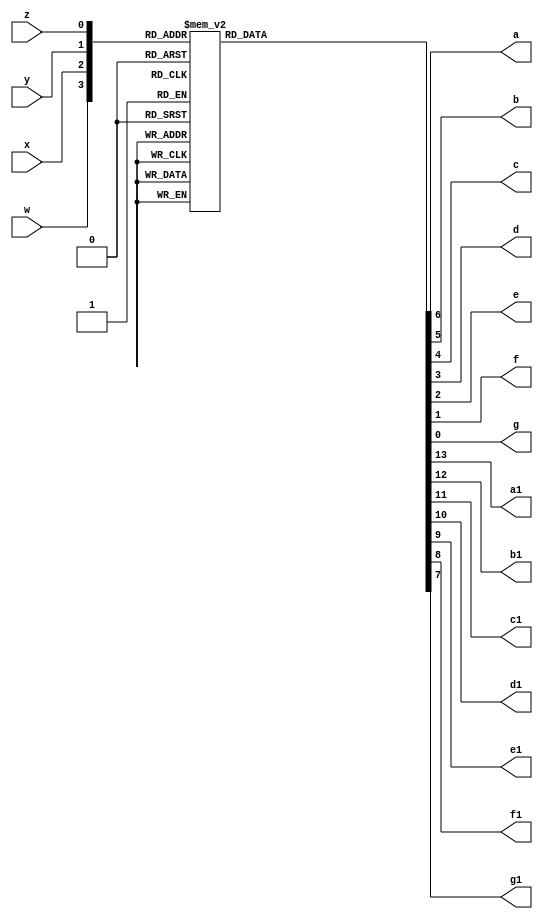
module Seven_Segment (
	input w,x,y,z,
	output reg a,b,c,d,e,f,g,a1,b1,c1,d1,e1,f1,g1);
	always @ (w,x,y,z) begin
		case({w,x,y,z})
			4'b0000:{a1,b1,c1,d1,e1,f1,g1,a,b,c,d,e,f,g}=14'b11111110000001;
			4'b0001:{a1,b1,c1,d1,e1,f1,g1,a,b,c,d,e,f,g}=14'b11111111001111;
			4'b0010:{a1,b1,c1,d1,e1,f1,g1,a,b,c,d,e,f,g}=14'b11111110010010;
			4'b0011:{a1,b1,c1,d1,e1,f1,g1,a,b,c,d,e,f,g}=14'b11111110000110;
			4'b0100:{a1,b1,c1,d1,e1,f1,g1,a,b,c,d,e,f,g}=14'b11111111001100;
			4'b0101:{a1,b1,c1,d1,e1,f1,g1,a,b,c,d,e,f,g}=14'b11111110100100;
			4'b0110:{a1,b1,c1,d1,e1,f1,g1,a,b,c,d,e,f,g}=14'b11111110100000;
			4'b0111:{a1,b1,c1,d1,e1,f1,g1,a,b,c,d,e,f,g}=14'b11111110001111;
			4'b1000:{a1,b1,c1,d1,e1,f1,g1,a,b,c,d,e,f,g}=14'b11111100000000;
			4'b1111:{a1,b1,c1,d1,e1,f1,g1,a,b,c,d,e,f,g}=14'b11111101001111;
			4'b1110:{a1,b1,c1,d1,e1,f1,g1,a,b,c,d,e,f,g}=14'b11111100010010;
			4'b1101:{a1,b1,c1,d1,e1,f1,g1,a,b,c,d,e,f,g}=14'b11111100000110;
			4'b1100:{a1,b1,c1,d1,e1,f1,g1,a,b,c,d,e,f,g}=14'b11111101001100;
			4'b1011:{a1,b1,c1,d1,e1,f1,g1,a,b,c,d,e,f,g}=14'b11111100100100;
			4'b1010:{a1,b1,c1,d1,e1,f1,g1,a,b,c,d,e,f,g}=14'b11111100100000;
			4'b1001:{a1,b1,c1,d1,e1,f1,g1,a,b,c,d,e,f,g}=14'b11111100001111;
		endcase
	end
endmodule